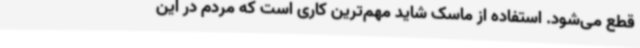
قطع می‌شود. استفاده از ماسک شاید مهم‌ترین کاری است که مردم در این